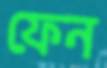
ফেন